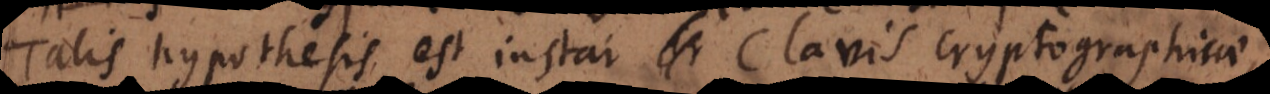
Talis hypothesis est instar clavis cryptographicae